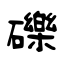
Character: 礫